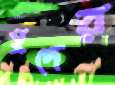
হ্রদের